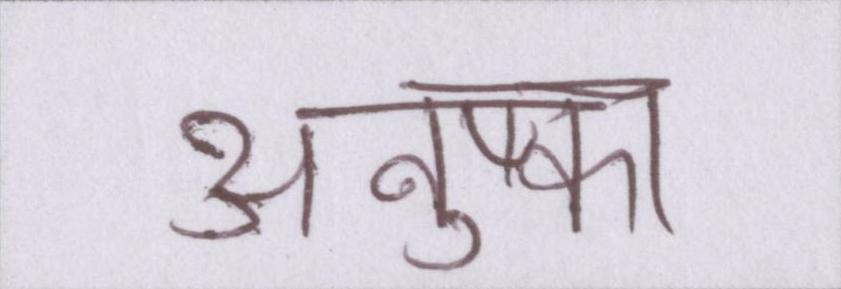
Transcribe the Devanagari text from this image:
अनुष्का